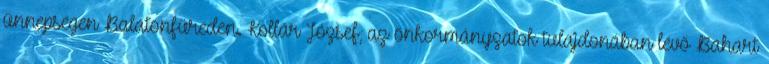
ünnepségen Balatonfüreden. Kollár József, az önkormányzatok tulajdonában lévő Bahart